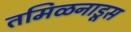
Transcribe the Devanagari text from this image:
तमिळनाडूस